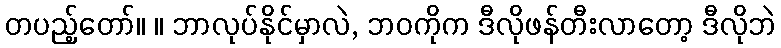
တပည့်တော်။ ။ ဘာလုပ်နိုင်မှာလဲ, ဘဝကိုက ဒီလိုဖန်တီးလာတော့ ဒီလိုဘဲ